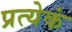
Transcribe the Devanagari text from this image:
प्रत्येकं